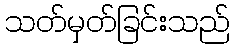
သတ်မှတ်ခြင်းသည်